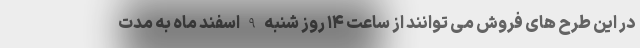
در این طرح های فروش می توانند از ساعت ۱۴ روز شنبه 9 اسفند ماه به مدت